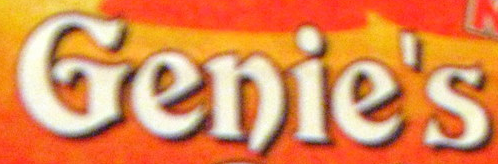
Genie's